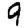
Digit: 9